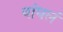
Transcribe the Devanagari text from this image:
बांधलं